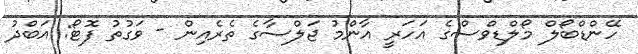
ހޭންޑްބޯލް މޯލްޑިވްސްގެ އަހަރީ އާންމު ޖަލްސާގެ ތެރެއިން - ވަގުތު ފޮޓޯ: އަބްދު